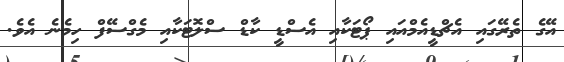
އޭގެ ތެރޭގައި އެޗްޑީއެމްއައި ޕޯޓަކާއި އެސްޑީ ކާޑް ސްލޮޓަކާއި މެގްސޭފް ހިމެނެ އެވެ.